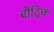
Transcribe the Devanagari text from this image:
बौदिक